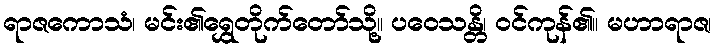
ရာဇကောသံ၊ မင်း၏ရွှေတိုက်တော်သို့။ ပဝေသန္တိ၊ ဝင်ကုန်၏။ မဟာရာဇ၊